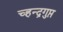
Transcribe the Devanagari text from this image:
च्हन्द्रगुप्त